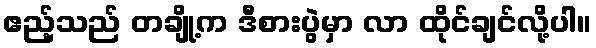
ဧည့်သည် တချို့က ဒီစားပွဲမှာ လာ ထိုင်ချင်လို့ပါ။